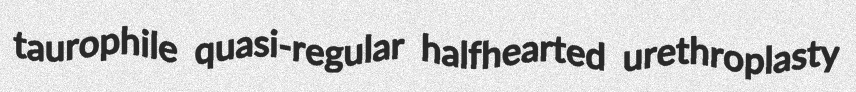
taurophile quasi-regular halfhearted urethroplasty